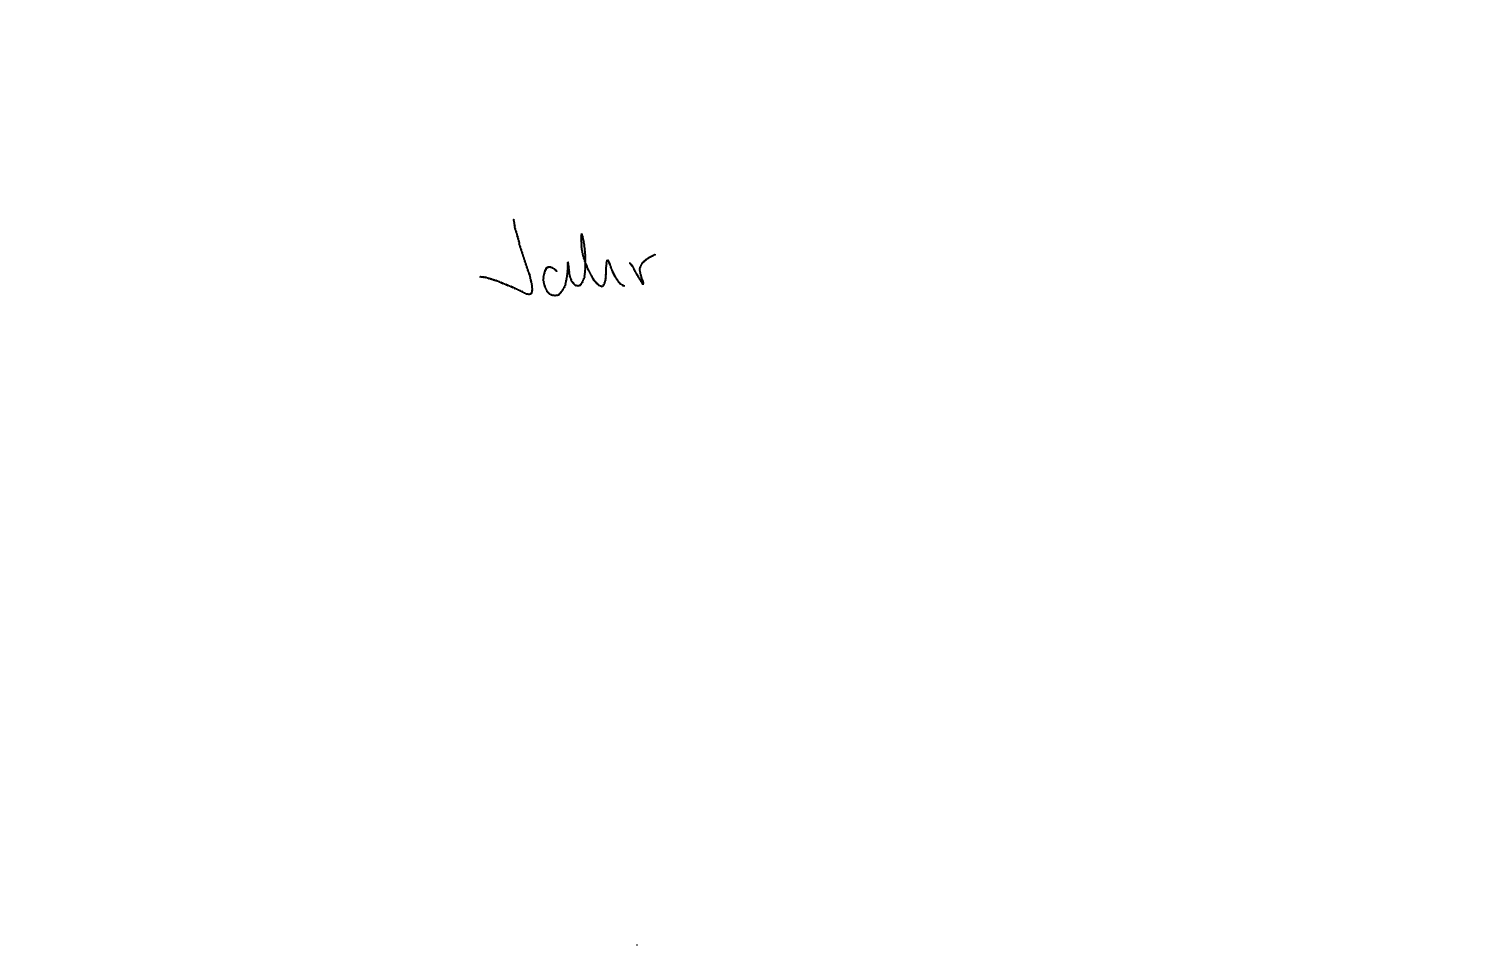
Text: Jahr